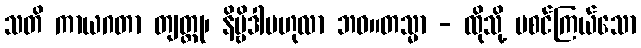
သတိ ကာယဂတာ တျတ္ထု၊ နိဗ္ဗိဒါဗဟုလာ ဘဝ။တသ္မာ - ထိုသို့ မစင်ကြယ်သော